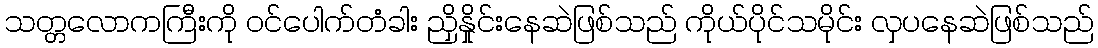
သတ္တလောကကြီးကို ဝင်ပေါက်တံခါး ညှိနှိုင်းနေဆဲဖြစ်သည် ကိုယ်ပိုင်သမိုင်း လှပနေဆဲဖြစ်သည်